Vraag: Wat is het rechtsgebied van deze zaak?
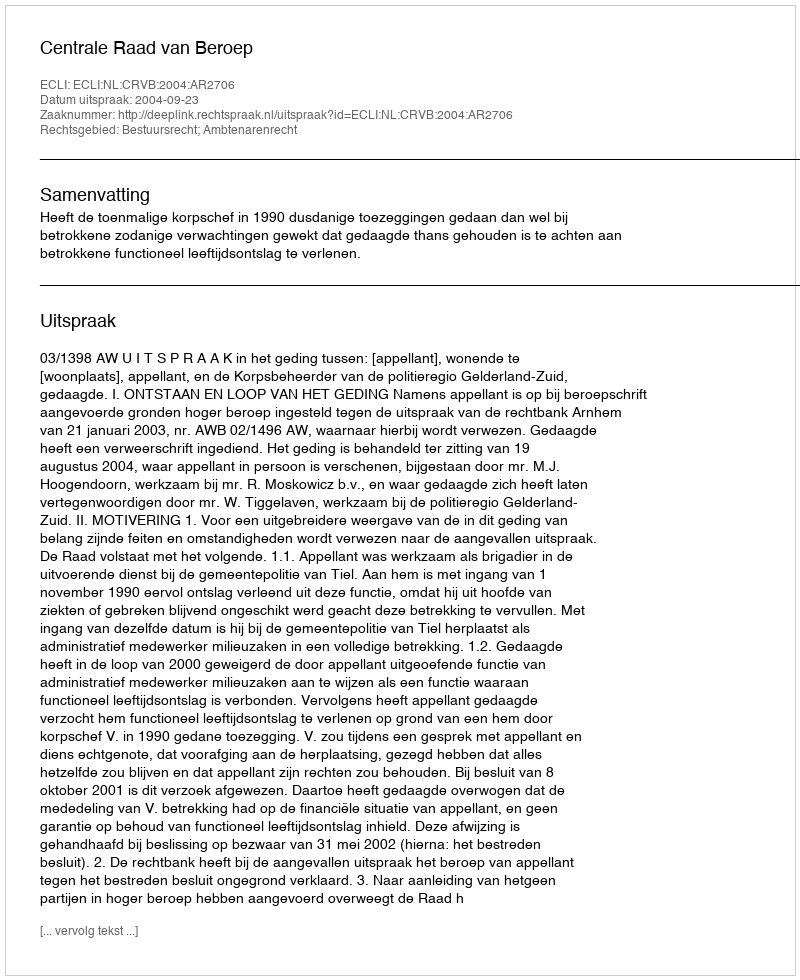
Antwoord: Bestuursrecht; Ambtenarenrecht